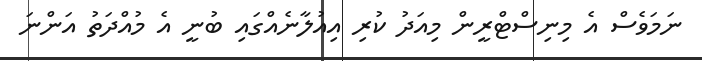
ނަމަވެސް އެ މިނިސްޓްރީން މިއަދު ކުރި އިއުލާނެއްގައި ބުނީ އެ މުއްދަތު އަންނަ